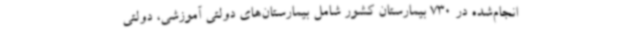
انجام‌شده در 730 بیمارستان کشور شامل بیمارستان‌های دولتی آموزشی، دولتی